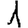
Digit: 1